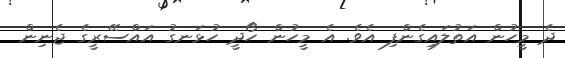
ދެ މީހުން އަތުލައިގެންފި އެވެ. އެ މީހުން ހޯދީ ހުޅަނގު އައްސޭރީގެ ޖެނިން